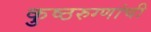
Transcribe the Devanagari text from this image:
कुष्ठरुग्णांची